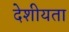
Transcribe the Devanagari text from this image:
देशीयता